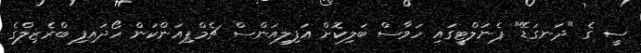
ސީ ގެ "ދަނގަޑޭ" ޕެނަލްޓީގައި ހަވާސް ބަލިކޮށް އަފިލިއަންސް ޗެމްޕިއަންކަން ހޯދައިފި ބްރެޒިލްގެ